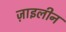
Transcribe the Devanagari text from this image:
ज़ाइलीन